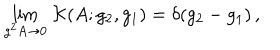
\lim _ { g ^ { 2 } A \to 0 } \, \mathcal { K } ( A ; g _ { 2 } , g _ { 1 } ) = \delta ( g _ { 2 } - g _ { 1 } ) \, ,